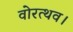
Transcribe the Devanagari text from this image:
वोरत्थव।